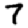
Digit: 7